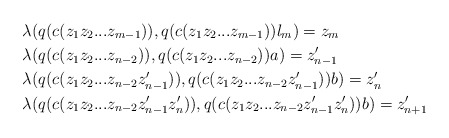
\begin{align*}&\lambda(q(c(z_1z_2...z_{m-1})), q(c(z_1z_2...z_{m-1}))l_m) = z_m \\&\lambda(q(c(z_1z_2...z_{n-2})), q(c(z_1z_2...z_{n-2}))a) = z_{n-1}' \\&\lambda(q(c(z_1z_2...z_{n-2}z_{n-1}' )), q(c(z_1z_2...z_{n-2}z_{n-1}' ))b)= z_n' \\&\lambda(q(c(z_1z_2...z_{n-2}z_{n-1}'z_n' )), q(c(z_1z_2...z_{n-2}z_{n-1}'z_n' ))b)= z_{n+1}'\end{align*}